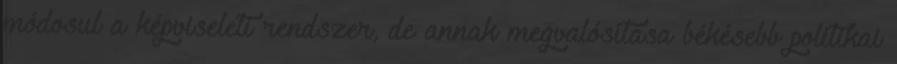
módosul a képviseleti rendszer, de annak megvalósítása békésebb politikai